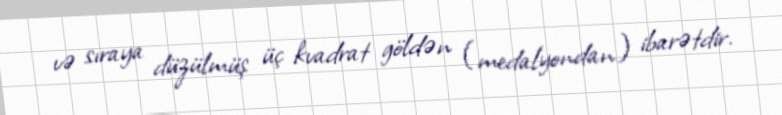
və sıraya düzülmüş üç kvadrat göldən (medalyondan) ibarətdir.